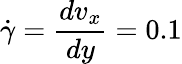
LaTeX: \dot{\gamma}=\frac{dv_{x}}{dy}=0.1